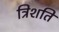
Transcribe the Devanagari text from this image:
त्रिशति